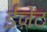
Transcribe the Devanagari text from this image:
ईज़ेंट